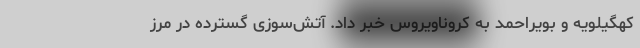
کهگیلویه و بویراحمد به کروناویروس خبر داد. آتش‌سوزی گسترده در مرز